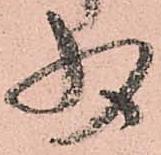
少